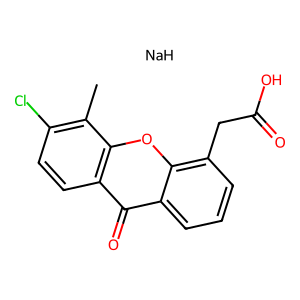
SMILES: Cc1c(Cl)ccc2c(=O)c3cccc(CC(=O)O)c3oc12.[NaH]
Inhibits HIV replication: No